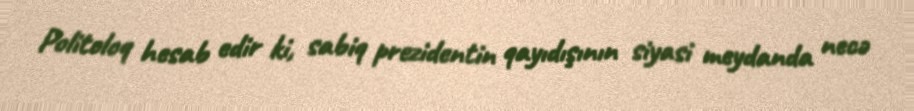
Politoloq hesab edir ki, sabiq prezidentin qayıdışının siyasi meydanda necə